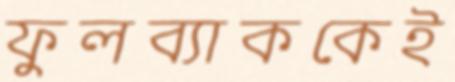
ফুলব্যাককেই